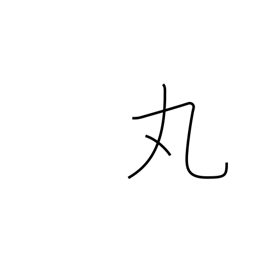
Meaning: make round